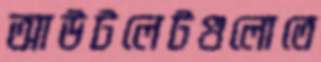
আউটলেটগুলোতে